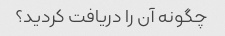
چگونه آن را دریافت کردید؟